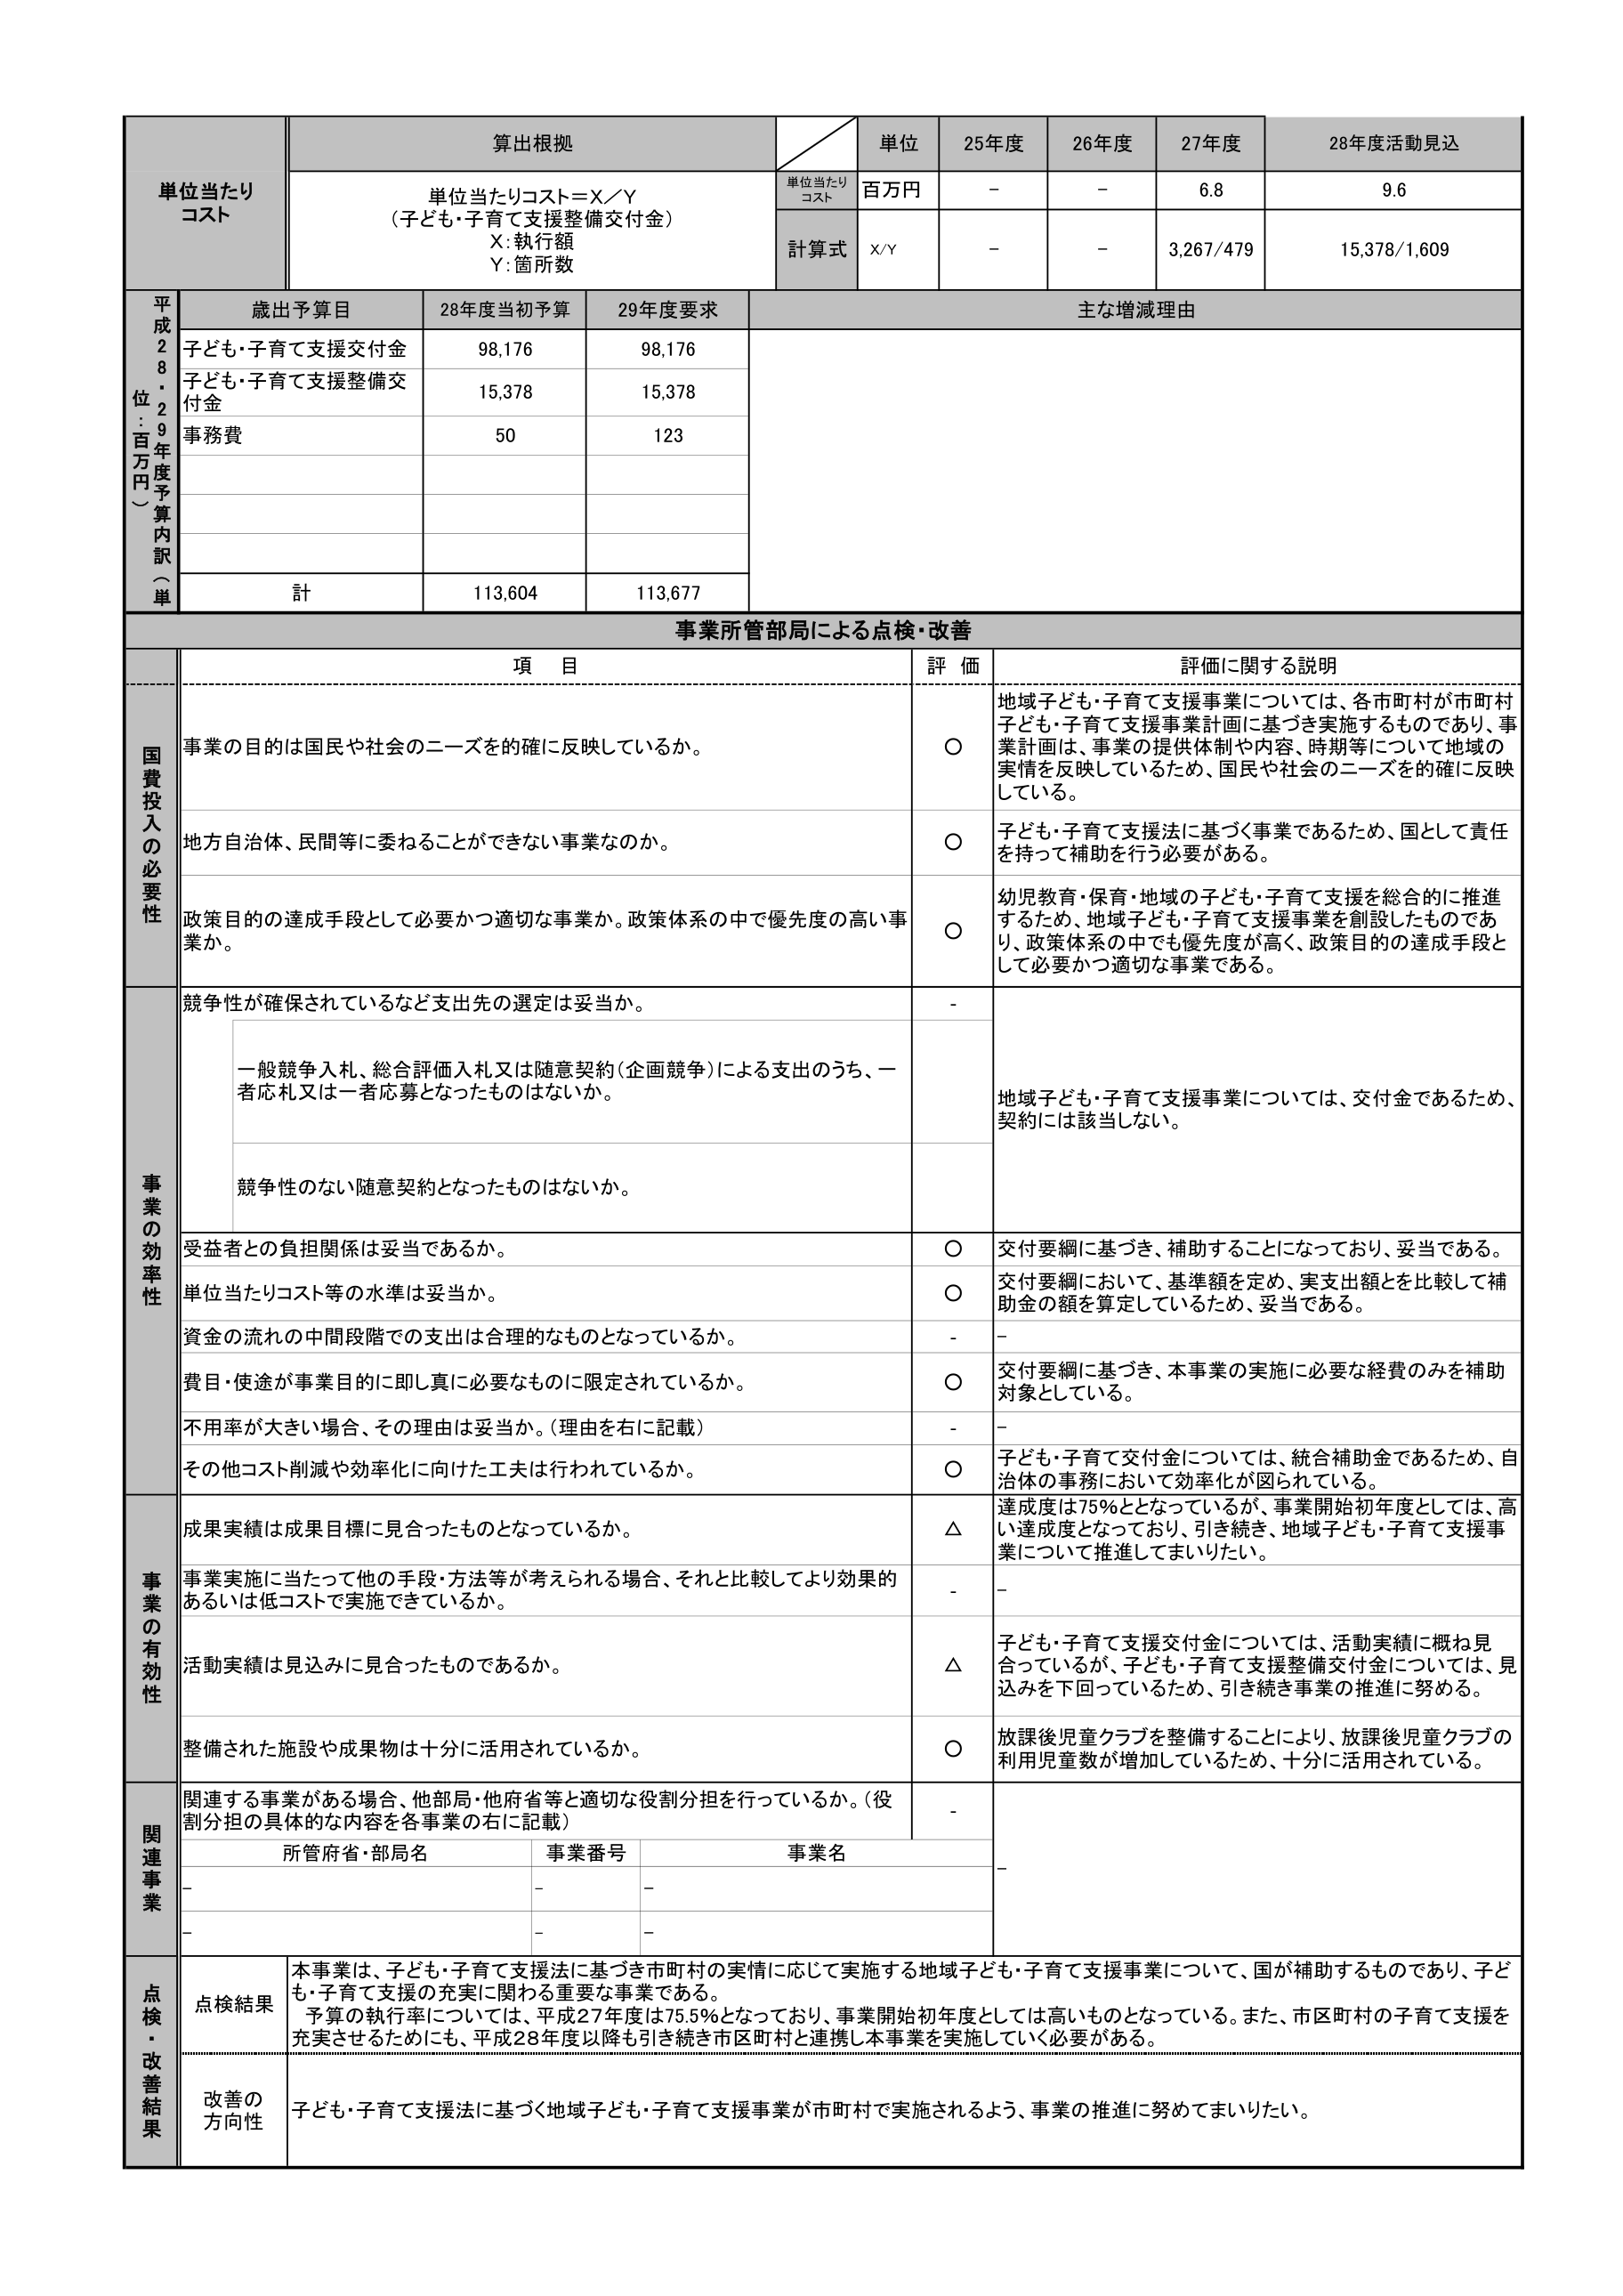
単位当たりコスト
算出根拠
単位当たりコスト＝X／Y
（子ども・子育て支援整備交付金）
X：執行額
Y：箇所数
単位
25年度
26年度
27年度
28年度活動見込
単位当たりコスト
百万円
－
－
6.8
9.6
計算式
X/Y
－
－
3,267/479
15,378/1,609
平成28・29年度予算内訳（単位：百万円）
歳出予算目
28年度当初予算
29年度要求
主な増減理由
子ども・子育て支援交付金
98,176
98,176
子ども・子育て支援整備交付金
15,378
15,378
事務費
50
123
計
113,604
113,677
事業所管部局による点検・改善
項 目
評 価
評価に関する説明
国費投入の必要性
事業の目的は国民や社会のニーズを的確に反映しているか。
〇
地域子ども・子育て支援事業については、各市町村が市町村子ども・子育て支援事業計画に基づき実施するものであり、事業計画は、事業の提供体制や内容、時期等について地域の実情を反映しているため、国民や社会のニーズを的確に反映している。
地方自治体、民間等に委ねることができない事業なのか。
〇
子ども・子育て支援法に基づく事業であるため、国として責任を持って補助を行う必要がある。
政策目的の達成手段として必要かつ適切な事業か。政策体系の中で優先度の高い事業か。
〇
幼児教育・保育・地域の子ども・子育て支援を総合的に推進するため、地域子ども・子育て支援事業を創設したものであり、政策体系の中でも優先度が高く、政策目的の達成手段として必要かつ適切な事業である。
事業の効率性
競争性が確保されているなど支出先の選定は妥当か。
-
一般競争入札、総合評価入札又は随意契約（企画競争）による支出のうち、一者応札又は一者応募となったものはないか。
地域子ども・子育て支援事業については、交付金であるため、契約には該当しない。
競争性のない随意契約となったものはないか。
受益者との負担関係は妥当であるか。
〇
交付要綱に基づき、補助することになっており、妥当である。
単位当たりコスト等の水準は妥当か。
〇
交付要綱において、基準額を定め、実支出額とを比較して補助金の額を算定しているため、妥当である。
資金の流れの中間段階での支出は合理的なものとなっているか。
-
-
費目・使途が事業目的に即し真に必要なものに限定されているか。
〇
交付要綱に基づき、本事業の実施に必要な経費のみを補助対象としている。
不用率が大きい場合、その理由は妥当か。（理由を右に記載）
-
-
その他コスト削減や効率化に向けた工夫は行われているか。
〇
子ども・子育て交付金については、統合補助金であるため、自治体の事務において効率化が図られている。
事業の有効性
成果実績は成果目標に見合ったものとなっているか。
△
達成度は75％となっているが、事業開始初年度としては、高い達成度となっており、引き続き、地域子ども・子育て支援事業について推進してまいりたい。
事業実施に当たって他の手段・方法等が考えられる場合、それと比較してより効果的あるいは低コストで実施できているか。
-
-
活動実績は見込みに見合ったものであるか。
△
子ども・子育て支援交付金については、活動実績に概ね見合っているが、子ども・子育て支援整備交付金については、見込みを下回っているため、引き続き事業の推進に努める。
整備された施設や成果物は十分に活用されているか。
〇
放課後児童クラブを整備することにより、放課後児童クラブの利用児童数が増加しているため、十分に活用されている。
関連事業
関連する事業がある場合、他部局・他府省等と適切な役割分担を行っているか。（役割分担の具体的な内容を各事業の右に記載）
-
所管府省・部局名
事業番号
事業名
-
-
-
-
-
-
点検・改善結果
点検結果
本事業は、子ども・子育て支援法に基づき市町村の実情に応じて実施する地域子ども・子育て支援事業について、国が補助するものであり、子ども・子育て支援の充実に関わる重要な事業である。
予算の執行率については、平成27年度は75.5％となっており、事業開始初年度としては高いものとなっている。また、市区町村の子育て支援を充実させるためにも、平成28年度以降も引き続き市区町村と連携本事業を実施していく必要がある。
改善の方向性
子ども・子育て支援法に基づく地域子ども・子育て支援事業が市町村で実施されるよう、事業の推進に努めてまいりたい。